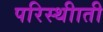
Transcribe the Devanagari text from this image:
परिस्थीाती